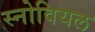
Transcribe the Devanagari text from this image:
स्नोवियल